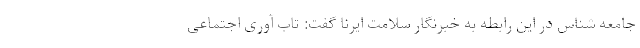
جامعه شناس در این رابطه به خبرنگار سلامت ایرنا گفت: تاب آوری اجتماعی